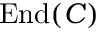
\operatorname { E n d } ( C )